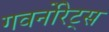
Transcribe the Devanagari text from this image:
गवर्नोरेट्स